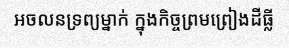
អចលនទ្រព្យម្នាក់ ក្នុងកិច្ចព្រមព្រៀងដីធ្លី